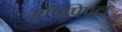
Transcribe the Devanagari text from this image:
आँपपिपल